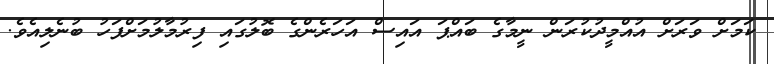
ކަމަށް ވަރަށް އުއްމީދުކުރަން ނީމާގެ ބައްޕަ އައިސް އަހަރެންގެ ބޮލުގައި ފިރުމާލުމަށްފަހު ބުނެލިއެވެ.